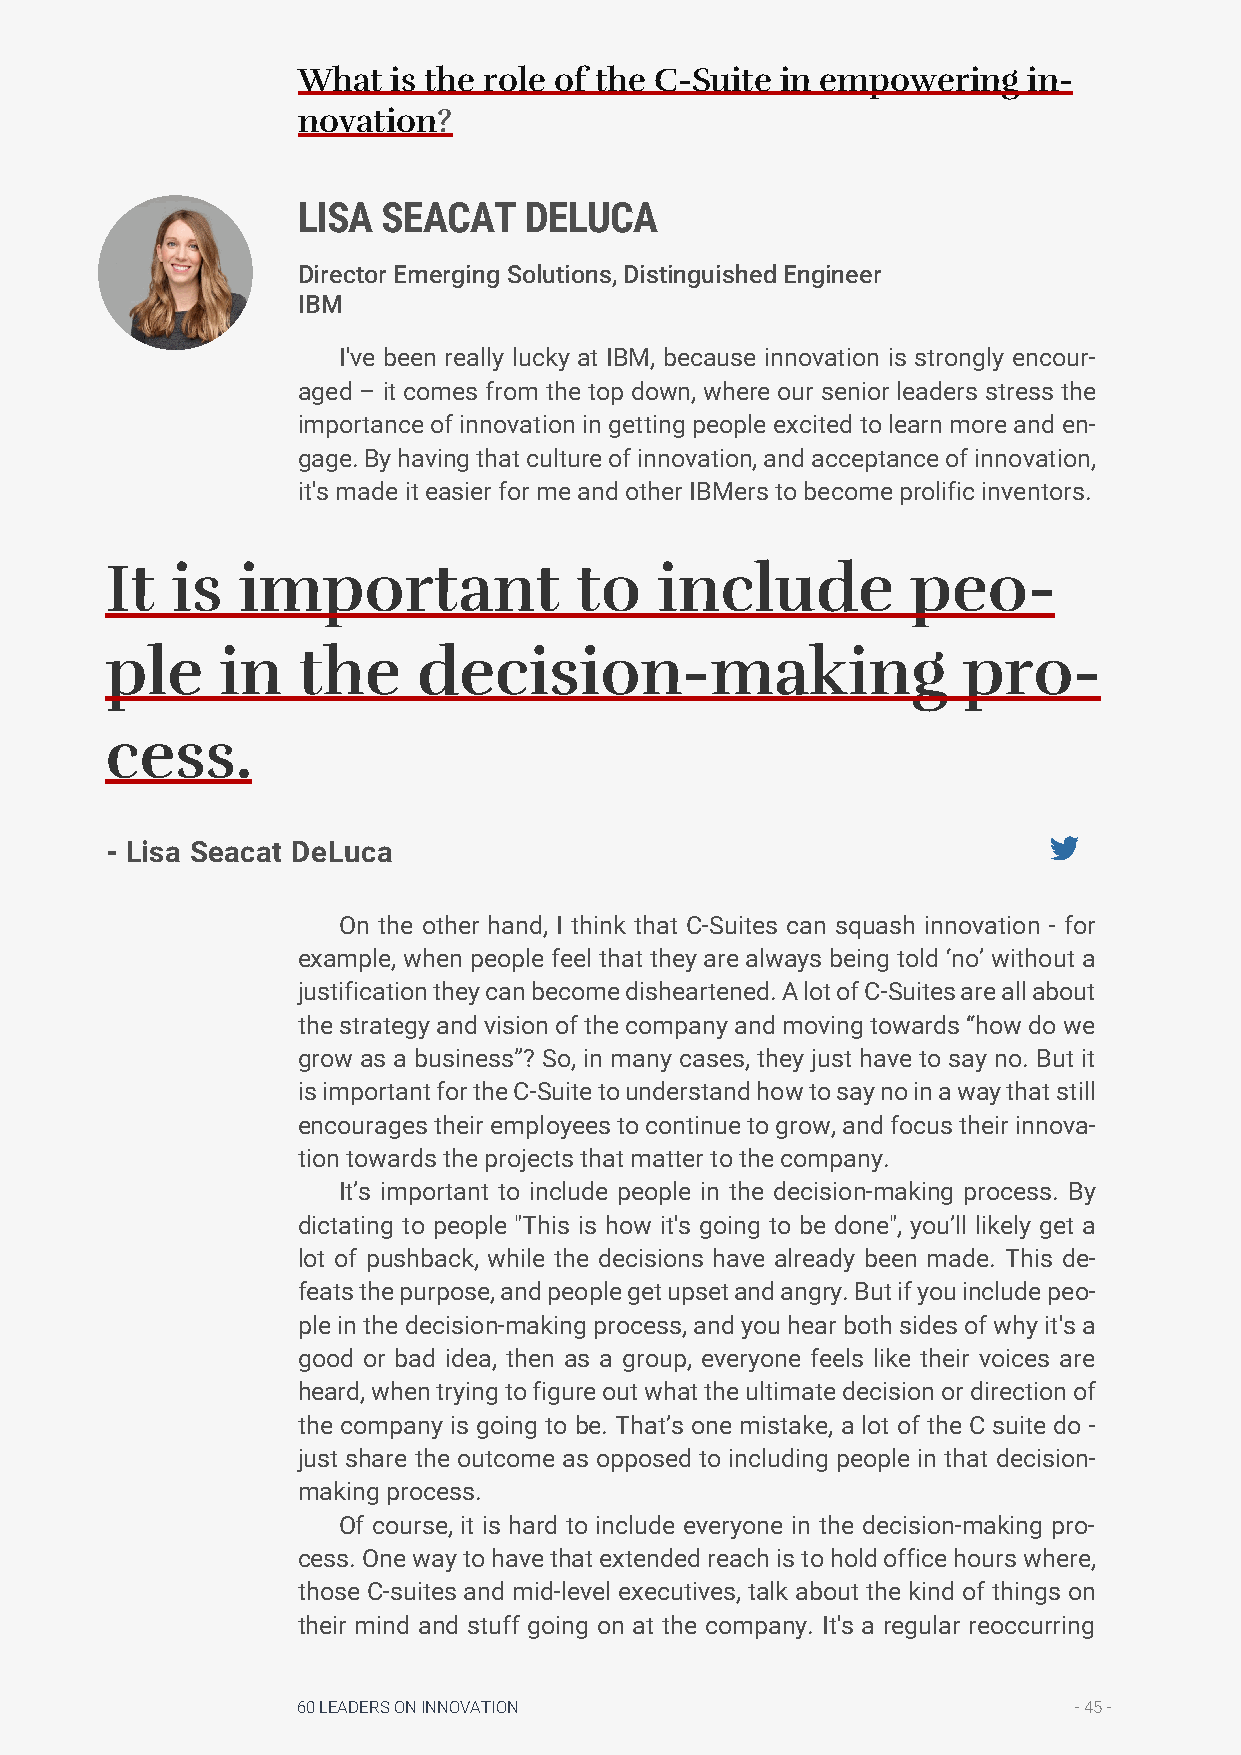
What  is the role of the C-Suite in empowering  in-
 novation?
 LISA SEACAT    DELUCA
 Director Emerging Solutions, Distinguished Engineer
 IBM
 I've been really lucky at IBM, because innovation is strongly encour-
 aged – it comes from the top down, where our senior leaders stress the
 importance of innovation in getting people excited to learn more and en-
 gage. By having that culture of innovation, and acceptance of innovation,
 it's made it easier for me and other IBMers to become prolific inventors.
 It  is   important             to   include          peo-
 ple     in   the     decision-making                     pro-
 cess.
 - Lisa Seacat DeLuca
 On the other hand, I think that C-Suites can squash innovation - for
 example, when people feel that they are always being told ‘no’ without a
 justification they can become disheartened. A lot of C-Suites are all about
 the strategy and vision of the company and moving towards “how do we
 grow as a business”? So, in many cases, they just have to say no. But it
 is important for the C-Suite to understand how to say no in a way that still
 encourages their employees to continue to grow, and focus their innova-
 tion towards the projects that matter to the company.
 It’s important to include people in the decision-making process. By
 dictating to people "This is how it's going to be done", you’ll likely get a
 lot of pushback, while the decisions have already been made. This de-
 feats the purpose, and people get upset and angry. But if you include peo-
 ple in the decision-making process, and you hear both sides of why it's a
 good or bad idea, then as a group, everyone feels like their voices are
 heard, when trying to figure out what the ultimate decision or direction of
 the company is going to be. That’s one mistake, a lot of the C suite do -
 just share the outcome as opposed to including people in that decision-
 making process.
 Of course, it is hard to include everyone in the decision-making pro-
 cess. One way to have that extended reach is to hold office hours where,
 those C-suites and mid-level executives, talk about the kind of things on
 their mind and stuff going on at the company. It's a regular reoccurring
 60 LEADERS ON INNOVATION                           - 45 -